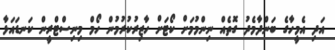
އަދި އެމީހާގެ ބަންދާމެދު ގޮތެއް ނިންމުމަށް ކޯޓަށް ހާޒިރުކުރުމުން ހޯމް މިނިސްޓްރީން ކަނޑައަޅާ